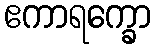
ဧကာရက္ခော